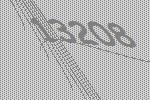
13208